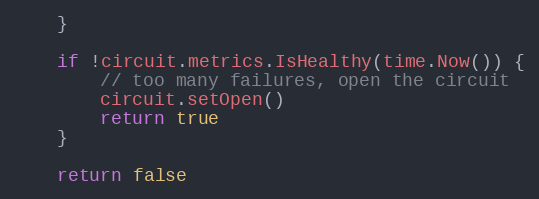
Language: Go
	}

	if !circuit.metrics.IsHealthy(time.Now()) {
		// too many failures, open the circuit
		circuit.setOpen()
		return true
	}

	return false